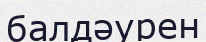
балдәурен